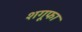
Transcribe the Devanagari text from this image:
शगूफा